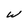
Character: W